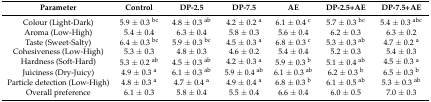
<table><thead><tr><td><b>Parameter</b></td><td><b>Control</b></td><td><b>DP-2.5</b></td><td><b>DP-7.5</b></td><td><b>AE</b></td><td><b>DP-2.5+AE</b></td><td><b>DP-7.5+AE</b></td></tr></thead><tbody><tr><td>Colour (Light-Dark)</td><td>5.9 ± 0.3 <sup>bc</sup></td><td>4.8 ± 0.3 <sup>ab</sup></td><td>4.2 ± 0.2 <sup>a</sup></td><td>6.1 ± 0.4 <sup>c</sup></td><td>5.7 ± 0.3 <sup>bc</sup></td><td>5.4 ± 0.3 <sup>abc</sup></td></tr><tr><td>Aroma (Low-High)</td><td>5.4 ± 0.4</td><td>6.3 ± 0.4</td><td>5.8 ± 0.3</td><td>5.6 ± 0.4</td><td>6.2 ± 0.3</td><td>6.3 ± 0.2</td></tr><tr><td>Taste (Sweet-Salty)</td><td>6.4 ± 0.3 <sup>bc</sup></td><td>5.9 ± 0.3 <sup>bc</sup></td><td>4.5 ± 0.3 <sup>a</sup></td><td>6.8 ± 0.3 <sup>c</sup></td><td>5.3 ± 0.3 <sup>ab</sup></td><td>4.7 ± 0.2 <sup>a</sup></td></tr><tr><td>Cohesiveness (Low-High)</td><td>5.3 ± 0.3</td><td>4.8 ± 0.3</td><td>4.6 ± 0.2</td><td>5.4 ± 0.4</td><td>5.2 ± 0.3</td><td>5.4 ± 0.3</td></tr><tr><td>Hardness (Soft-Hard)</td><td>5.3 ± 0.2 <sup>ab</sup></td><td>4.5 ± 0.3 <sup>ab</sup></td><td>4.2 ± 0.3 <sup>a</sup></td><td>5.9 ± 0.3 <sup>b</sup></td><td>5.1 ± 0.4 <sup>ab</sup></td><td>4.5 ± 0.3 <sup>a</sup></td></tr><tr><td>Juiciness (Dry-Juicy)</td><td>4.9 ± 0.3 <sup>a</sup></td><td>6.1 ± 0.3 <sup>ab</sup></td><td>5.9 ± 0.4 <sup>ab</sup></td><td>6.1 ± 0.3 <sup>ab</sup></td><td>6.2 ± 0.3 <sup>b</sup></td><td>6.5 ± 0.3 <sup>b</sup></td></tr><tr><td>Particle detection (Low-High)</td><td>4.8 ± 0.3 <sup>a</sup></td><td>4.7 ± 0.4 <sup>a</sup></td><td>4.9 ± 0.4 <sup>a</sup></td><td>6.8 ± 0.3 <sup>b</sup></td><td>6.1 ± 0.5 <sup>ab</sup></td><td>5.3 ± 0.3 <sup>ab</sup></td></tr><tr><td>Overall preference</td><td>6.1 ± 0.3</td><td>5.8 ± 0.4</td><td>5.5 ± 0.4</td><td>6.6 ± 0.4</td><td>6.0 ± 0.5</td><td>7.0 ± 0.3</td></tr></tbody></table>